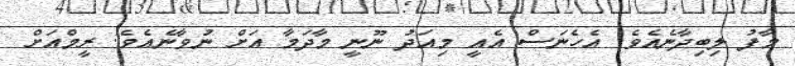
މާފު ލިބިދާނެއެވެ. އެހެނަސް އެއީ މިއަދު ނޫނީ މާދަމާ އަށް ނުވާނެއެވެ. ރީމްއަށް